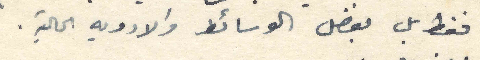
فقط بل بفضل الوسائط والادوية الحالية.